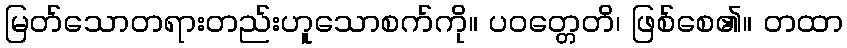
မြတ်သောတရားတည်းဟူသောစက်ကို။ ပဝတ္တေတိ၊ ဖြစ်စေ၏။ တထာ